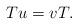
LaTeX: \begin{gather*} Tu=vT. \end{gather*}